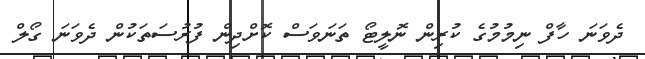
ދެވަނަ ހާފް ނިމުމުގެ ކުރިން ނޮލީޓޯ ތަނަވަސް ކޮށްދިން ފުރުސަތަކުން ދެވަނަ ގޯލް